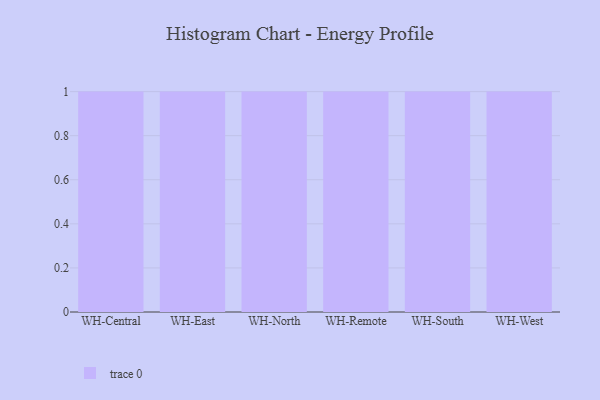
{"axis": {"x": "Warehouse", "y": "Headcount"}, "legend": [""], "data": [{"x": "WH-Central", "y": 94, "type": ""}, {"x": "WH-East", "y": 4, "type": ""}, {"x": "WH-North", "y": 44, "type": ""}, {"x": "WH-Remote", "y": 83, "type": ""}, {"x": "WH-South", "y": 84, "type": ""}, {"x": "WH-West", "y": 90, "type": ""}]}